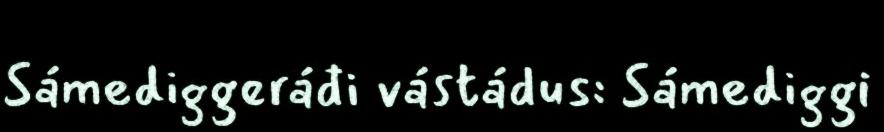
Sámediggeráđi vástádus: Sámediggi